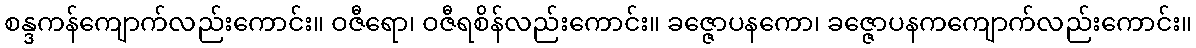
စန္ဒကန်ကျောက်လည်းကောင်း။ ဝဇီရော၊ ဝဇီရစိန်လည်းကောင်း။ ခဇ္ဇောပနကော၊ ခဇ္ဇောပနကကျောက်လည်းကောင်း။